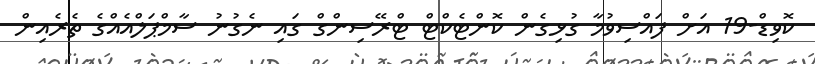
ކޮވިޑް-19 އަށް ފައްސިވުމާ ގުޅިގެން ކޮންޓެކްޓް ޓްރޭސިންގް ގައި ނެގުނު ސާމްޕަލްއެއްގެ ތެރެއިން